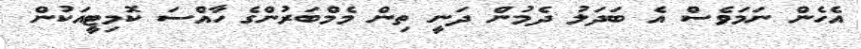
އެހެން ނަމަވެސް އެ ބަދަލު ދެމުން ދަނީ ތިން މެމްބަރުންގެ ހާއްސަ ކޮމިޓީއަކުން